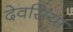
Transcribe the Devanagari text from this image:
देवसिया